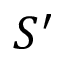
S ^ { \prime }